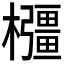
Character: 𭬰